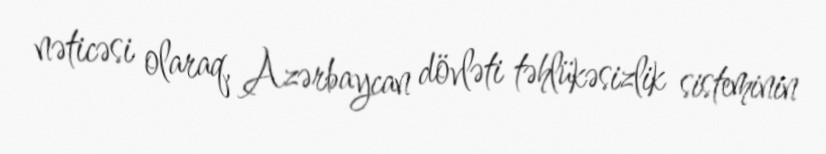
nəticəsi olaraq, Azərbaycan dövləti təhlükəsizlik sisteminin